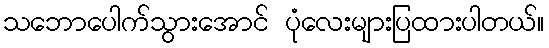
သဘောပေါက်သွားအောင် ပုံလေးများပြထားပါတယ်။